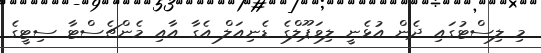
މި ލިސްޓުގައި ދެން އުޅެނީ ލިވަޕޫލްގެ ޑެނިއަލް އެގާ އާއި މެންޗެސްޓާ ސިޓީގެ